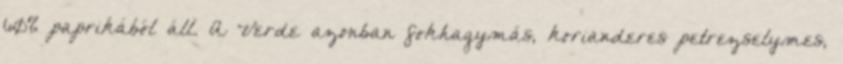
60% paprikából áll. A Verde azonban fokhagymás, korianderes petrezselymes,